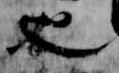
也